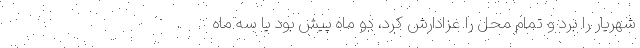
شهريار را برد و تمام محل را عزادارش كرد، دو ماه پيش بود يا سه ماه